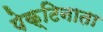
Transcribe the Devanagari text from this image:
पेक्टिनाता